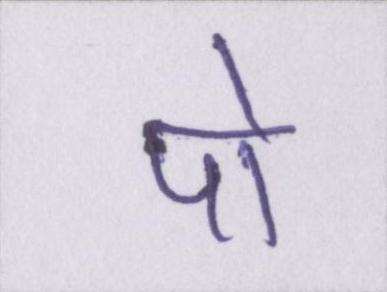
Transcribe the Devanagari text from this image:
पो